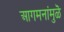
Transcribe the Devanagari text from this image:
आगमनांमुळॆ